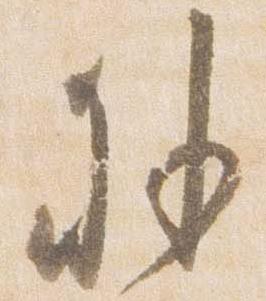
外